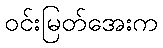
ဝင်းမြတ်အေးက